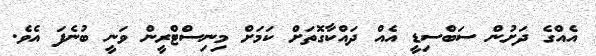
އެއްގެ ދަށުން ސަބްސިޑީ އެއް ދައްކާގޮތަށް ކަމަށް މިނިސްޓްރީން ވަނީ ބުނެފަ އެވެ.